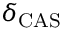
\delta _ { \mathrm { C A S } }